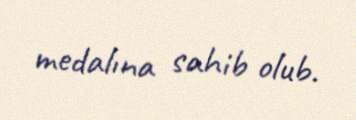
medalına sahib olub.